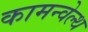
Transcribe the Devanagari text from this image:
कामन्वेल्थ